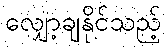
လျှော့ချနိုင်သည့်